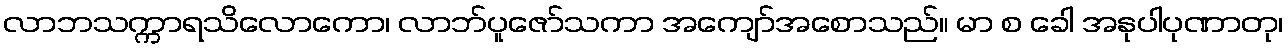
လာဘသက္ကာရသိလောကော၊ လာဘ်ပူဇော်သကာ အကျော်အစောသည်။ မာ စ ခေါ အနုပါပုဏာတု၊